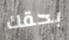
بحقك